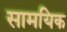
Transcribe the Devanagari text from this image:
सामयिक